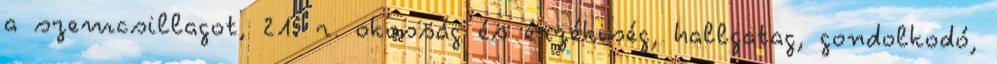
a szemcsillagot, 21. r. okosság és érzékiség, hallgatag, gondolkodó,